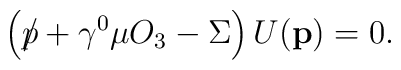
\left (\rlap\slash p +\gamma^0\mu O_3 - \Sigma\right ) U(\mathbf{p})=0.